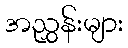
အညွှန်းများ